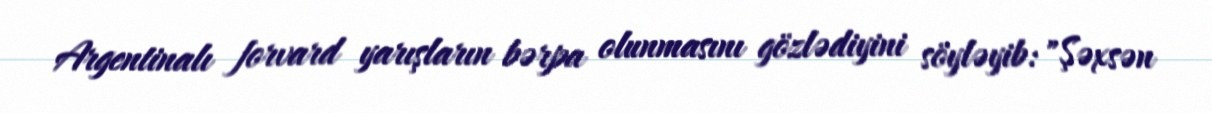
Argentinalı forvard yarışların bərpa olunmasını gözlədiyini söyləyib: "Şəxsən